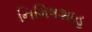
નિમિષશાહ